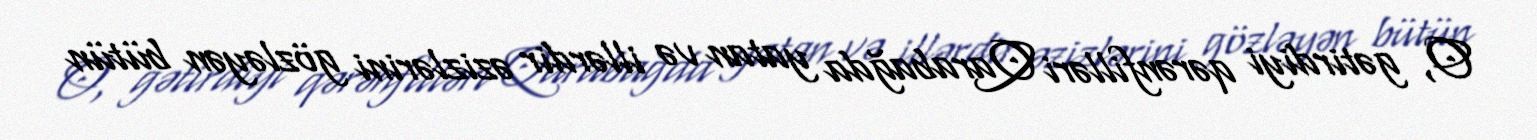
O, gətirdiyi qərənfilləri Qarabağda yatan və illərdir əzizlərini gözləyən bütün